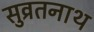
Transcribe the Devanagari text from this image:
सुव्रतनाथ